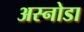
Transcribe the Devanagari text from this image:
अस्नोडा